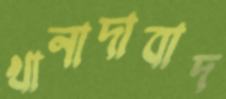
খানাদাবাদ